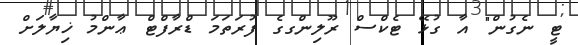
ޓީ ނެގުން" އާ ގުޅޭ ޓެކްސް ރޫލިންގގެ ފުރަތަމަ ޑްރާފްޓް ޢާންމު ޚިޔާލަށް